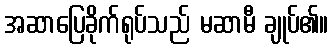
အဆာပြေခိုက်ရုပ်သည် မဆာမီ ချုပ်၏။